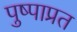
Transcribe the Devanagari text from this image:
पुष्पाप्रत